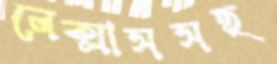
লেক্সাসসহ